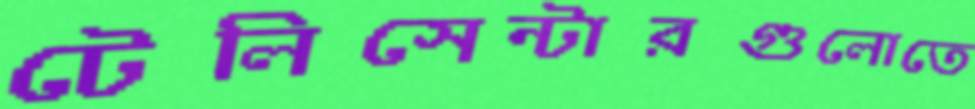
টেলিসেন্টারগুলোতে